Indian journal of veterinary science and animal husbandry - Volumes 22-23, 1952-1953
Year: 1952
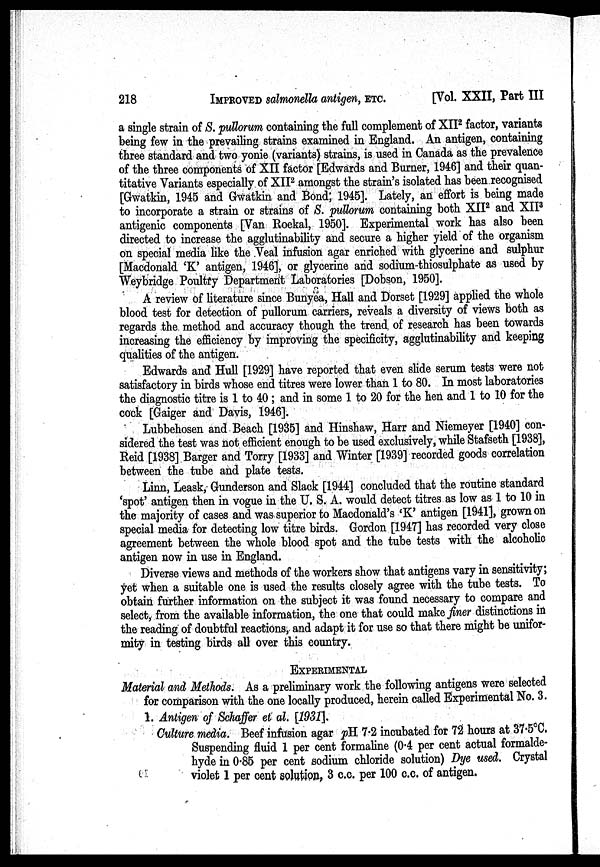
218
IMPROVED
salmonella antigen,
ETC.
[Vol. XXII, Part III
a single strain of S. pullorum containing the full complement of XII 2 factor, variants
being few in the prevailing strains examined in England. An antigen, containing
three standard and two yonie (variants) strains, is used in Canada as the prevalence
of the three components of XII factor [Edwards and Burner, 1946] and their quan-
titative Variants especially. of XII 2 amongst the strain's isolated has been recognised
[Gwatkin, 1945 and Gwatkin and Bond; 1945]. Lately, an effort is being made
to incorporate a strain or strains of S. pullorum containing both XII 2 and XII 3
antigenic components [Van Roekal, 1950]. Experimental work has also been
directed to increase the agglutinability and secure a higher yield of the organism
on special media like the Veal infusion agar enriched with glycerine and sulphur
[Macdonald 'K' antigen, 1946], or glycerine and sodium-thiosulphate as used by
Weybridge Poultry Department Laboratories [Dobson, 1950].
A review of literature since Bunyea, Hall and Dorset [1929] applied the whole
blood test for detection of pullorum carriers, reveals a diversity of views both as
regards the. method and accuracy though the trend of research has been towards
increasing the efficiency by improving the specificity, agglutinability and keeping
qualities of the antigen.
Edwards and Hull [1929] have reported that even slide serum tests were not
satisfactory in birds whose end titres were lower than 1 to 80. In most laboratories
the diagnostic titre is 1 to 40; and in some 1 to 20 for the hen and 1 to 10 for the
cock [Gaiger and Davis, 1946].
Lubbehosen and Beach [1935] and Hinshaw, Harr and Niemeyer [1940] con-
sidered the test was not efficient enough to be used exclusively, while Stafseth [1938],
Reid [1938] Barger and Torry [1933] and Winter [1939] recorded goods correlation
between the tube and plate tests.
Linn, Leask, Gunderson and Slack [1944] concluded that the routine standard
'spot' antigen then in vogue in the U. S. A. would detect titres as low as 1 to 10 in
the majority of cases and was superior to Macdonald's 'K' antigen [1941], grown on
special media for detecting low titre birds. Gordon [1947] has recorded very close
agreement between the whole blood spot and the tube tests with the alcoholic
antigen now in use in England.
Diverse views and methods of the workers show that antigens vary in sensitivity;
yet when a suitable one is used the results closely agree with the tube tests. To
obtain further information on the subject it was found necessary to compare and
select, from the available information, the one that could make finer distinctions in
the reading of doubtful reactions, and adapt it for use so that there might be unifor-
mity in testing birds all over this country.
EXPERIMENTAL
Material and Methods. As a preliminary work the following antigens were selected
for comparison with the one locally produced, herein called Experimental No. 3.
1. Antigen of Schaffer et al. [1931].
Culture media. Beef infusion agar pH 7.2 incubated for 72 hours at 37.5°C.
Suspending fluid 1 per cent formaline (0.4 per cent actual formalde-
hyde in 0.85 per cent sodium chloride solution) Dye used. Crystal
violet 1 per cent solution, 3 c.c. per 100 c.c. of antigen.